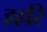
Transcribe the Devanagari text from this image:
हहरि